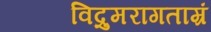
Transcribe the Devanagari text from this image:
विद्रुमरागताम्रं